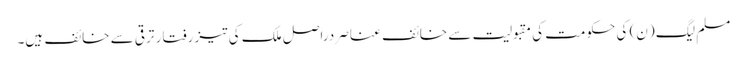
مسلم لیگ (ن) کی حکومت کی مقبولیت سے خائف عناصر دراصل ملک کی تیز رفتار ترقی سے خائف ہیں۔